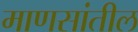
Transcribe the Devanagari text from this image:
माणसांतील